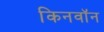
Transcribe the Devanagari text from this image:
किनवॉन